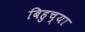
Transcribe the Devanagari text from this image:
बिहुच्या